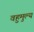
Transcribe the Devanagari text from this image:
वहुमुल्य